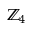
{ { \mathbb { Z } } _ { 4 } }